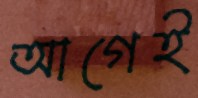
আগেই